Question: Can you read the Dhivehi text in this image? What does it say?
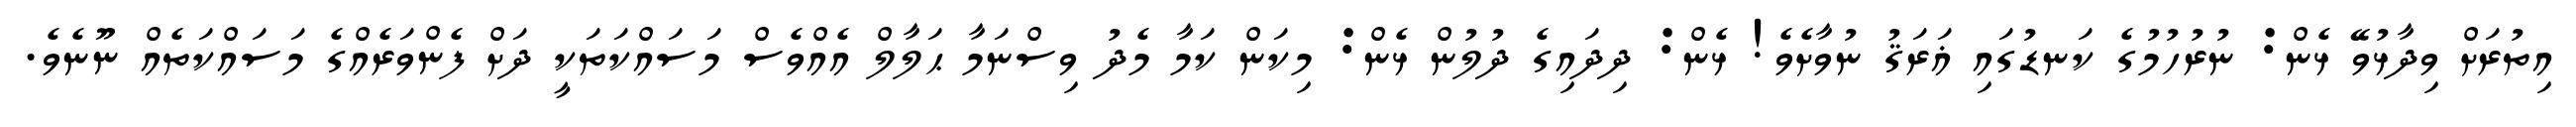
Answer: އިތުރަށް ވިދާޅުވޭ ޅެން: ނުރުހުމުގެ ކަނޑުގައި ޣަރަޤު ނުވާށެވެ! ޅެން: ދިދައިގެ ދުލުން ޅެން: މިކަން ކަމާ މެދު ވިސްނަމާ ޙަލާލް އެއްވެސް މަސައްކަތަކީ ދަށް ފެންވަރެއްގެ މަސައްކަތެއް ނޫނެވެ.